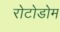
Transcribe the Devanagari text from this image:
रोटोडोम